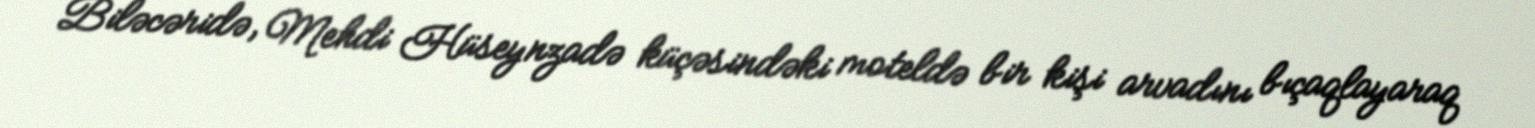
Biləcəridə, Mehdi Hüseynzadə küçəsindəki moteldə bir kişi arvadını bıçaqlayaraq